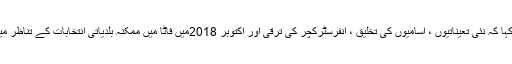
پیسے ہونگے تو گاڑی آگے چلے گی، نگران وزیر اعلیٰ نے کہا کہ نئی تعیناتیوں ، آسامیوں کی تخلیق ، انفرسٹرکچر کی ترقی اور اکتوبر 2018میں فاٹا میں ممکنہ بلدیاتی انتخابات کے تناظر میں اقدامات کرنا ہوںگے اس سارے عمل کیلئے وسائل چاہیئں ۔